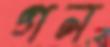
গন